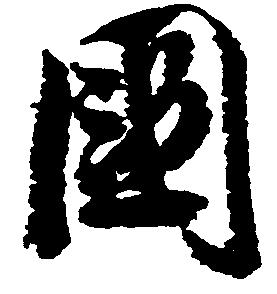
国